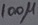
Text: 100µ